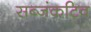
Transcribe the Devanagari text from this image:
सब्जंकटिव